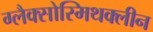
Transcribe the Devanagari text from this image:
ग्लैक्सोस्मिथक्लीन